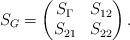
LaTeX: \begin{align*}S_G=\begin{pmatrix}S_\Gamma & S_{12} \\S_{21} & S_{22}\end{pmatrix} .\end{align*}